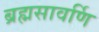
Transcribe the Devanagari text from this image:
ब्रह्मसावर्णि